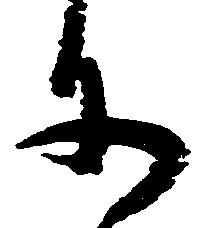
に